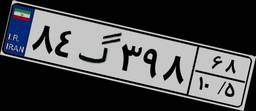
۸۴گ۳۹۸۶۸